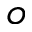
o